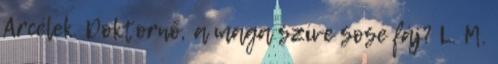
Arcélek. Doktornő, a maga szíve sose fáj? L. M.